Punjab Mental Hospital Lahore 1932-46 - 1932-1946
Year: 1932
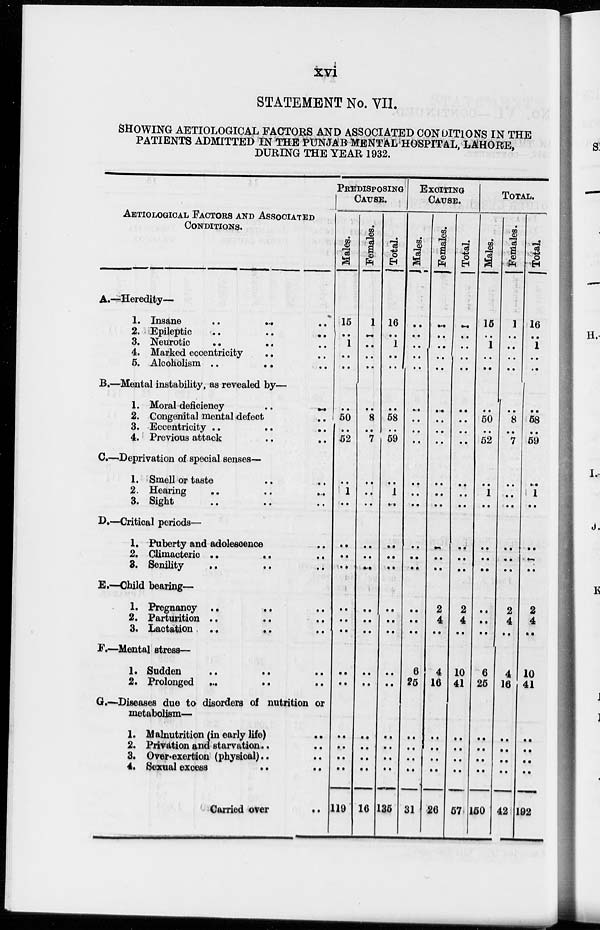
xvi
STATEMENT No. VII.
SHOWING AETIOLOGICAL FACTORS AND ASSOCIATED CONDITIONS IN THE
PATIENTS ADMITTED IN THE PUNJAB MENTAL HOSPITAL, LAHORE,
DURING THE YEAR 1932.
AETIOLOGICAL FACTORS AND ASSOCIATED
CONDITIONS.
A.-
B.-
C.-
D.-
E.-
F.-
G.-
Heredity—
1.
2.
3.
4.
5.
Insane .. .. ..
Epileptic
..
..
..
Neurotic .. .. ..
Marked eccentricity .. ..
Alcoholism .. .. ..
Mental instability, as revealed by—
1.
2.
3.
4.
Moral deficiency .. ..
Congenital mental defect
..
Eccentricity .. .. ..
Previous attack .. ..
Deprivation of special senses—
1.
2.
3.
Smell or taste .. ..
Hearing .. .. ..
Sight .. .. ..
Critical periods—
1.
2.
3.
Puberty and adolescence ..
Climacteric
..
..
..
Senility .. .. ..
Child bearing—
1.
2.
3.
Pregnancy .. .. ..
Parturition .. .. ..
Lactation
..
..
..
Mental stress—
1.
2.
Sudden .. .. ..
Prolonged .. .. ..
Diseases due to disorders of nutrition or
metabolism—
1.
2.
3.
4.
Malnutrition (in early life) ..
Privation and starvation .. ..
Over-exertion (physical) .. ..
Sexual excess .. ..
Carried over
..
PREDISPOSING
CAUSE.
Males.
15
..
1
..
..
..
50
..
52
..
1
..
..
..
..
..
..
..
..
..
..
..
..
..
119
Females.
1
..
..
..
..
..
8
..
7
..
..
..
..
..
..
..
..
..
..
..
..
..
..
..
16
Total.
16
..
1
..
..
..
58
..
59
..
1
..
..
..
..
..
..
..
..
..
..
..
..
..
135
EXCITING
CAUSE.
Males.
..
..
..
..
..
..
..
..
..
..
..
..
..
..
..
..
..
..
6
25
..
..
..
..
31
Females.
..
..
..
..
..
..
..
..
..
..
..
..
..
..
..
2
4
..
4
16
..
..
..
..
26
Total.
..
..
..
..
..
..
..
..
..
..
..
..
..
..
..
2
4
..
10
41
..
..
..
..
57
TOTAL.
Males.
15
..
1
..
..
..
50
..
52
..
..
1
..
..
..
..
..
..
..
6
25
..
..
..
..
150
Females.
1
..
..
..
..
1
8
..
7
..
..
..
..
..
..
..
2
4
..
4
16
..
..
..
..
42
Total.
16
..
1
..
..
..
58
..
59
..
..
1
..
..
..
..
2
4
..
10
41
..
..
..
..
192